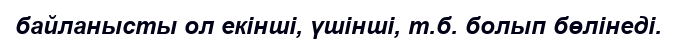
байланысты ол екінші, үшінші, т.б. болып бөлінеді.